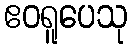
ဧဝရူပေသု